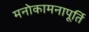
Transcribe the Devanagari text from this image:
मनोकामनापूर्ति